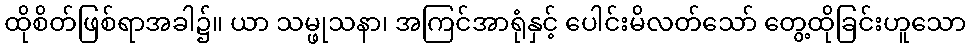
ထိုစိတ်ဖြစ်ရာအခါ၌။ ယာ သမ္ဖုသနာ၊ အကြင်အာရုံနှင့် ပေါင်းမိလတ်သော် တွေ့ထိုခြင်းဟူသော